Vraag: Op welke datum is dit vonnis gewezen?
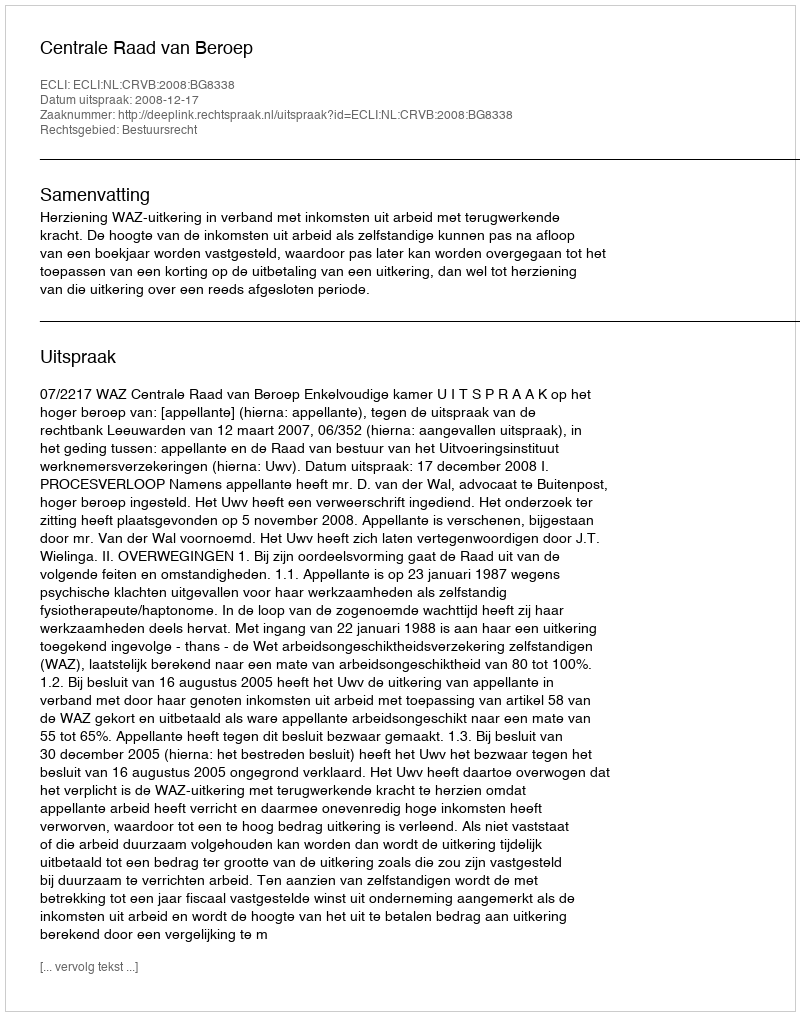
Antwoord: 2008-12-17